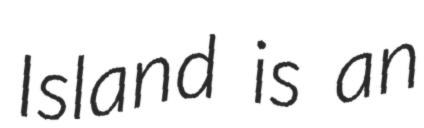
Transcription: Island is an